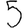
Digit: 5